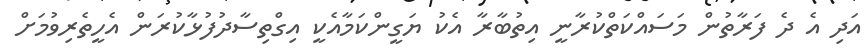
އަދި އެ ދެ ފަރާތުން މަސައްކަތްކުރާނީ އިތުބާރާ އެކު ޔަގީންކަމާއެކީ އިގްތިސާދުފުޅާކުރަން އެހީތެރިވުމަށް